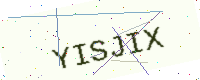
Text: YISJIX